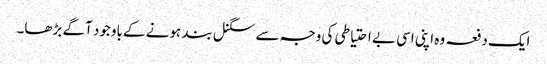
ایک دفعہ وہ اپنی اسی بے احتیاطی کی وجہ سے سگنل بند ہونے کے باوجود آگے بڑھا۔